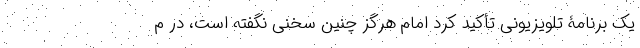
یک برنامۀ تلویزیونی تأکید کرد امام هرگز چنین سخنی نگفته است، در م